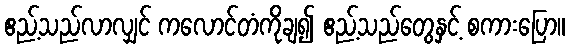
ဧည့်သည်လာလျှင် ကလောင်တံကိုချ၍ ဧည့်သည်တွေနှင့် စကားပြော။